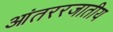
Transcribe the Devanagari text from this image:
आंतररजातीय